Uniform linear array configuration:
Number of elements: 4
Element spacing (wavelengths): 0.5
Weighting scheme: uniform
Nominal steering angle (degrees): -60
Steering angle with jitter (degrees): -61.07
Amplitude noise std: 0.05
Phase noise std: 0.05

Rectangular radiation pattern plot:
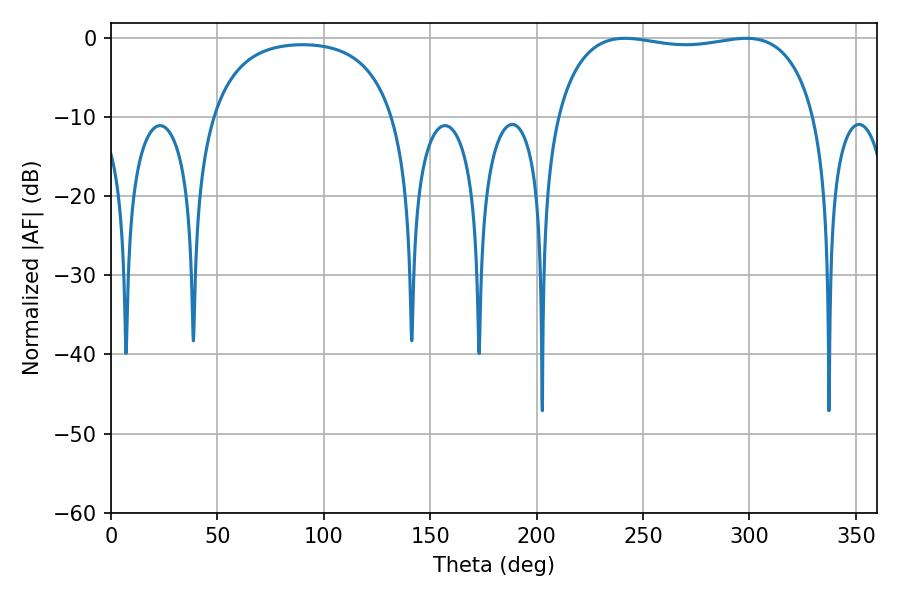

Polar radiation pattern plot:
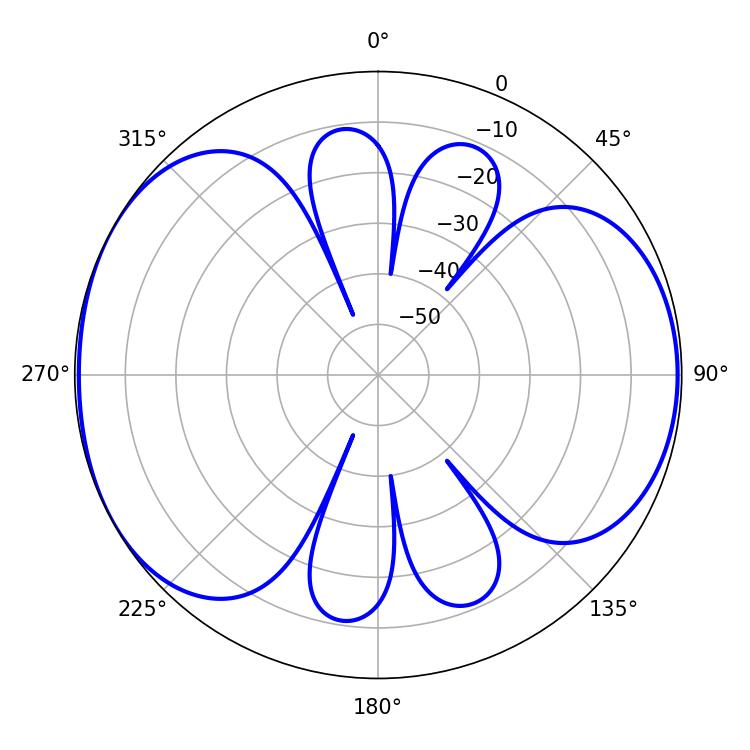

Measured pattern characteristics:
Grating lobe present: FALSE
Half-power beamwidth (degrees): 98.28
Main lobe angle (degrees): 241.56